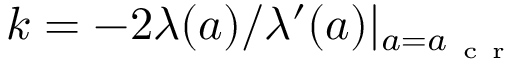
k = - { 2 \lambda ( a ) } / { \lambda ^ { \prime } ( a ) } | _ { a = a _ { \mathrm { ~ c ~ r ~ } } }